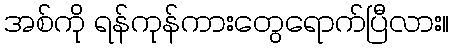
အစ်ကို ရန်ကုန်ကားတွေရောက်ပြီလား။